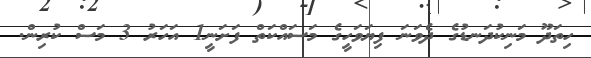
ހިތަދޫ މަނިކުދަނޑުގެ ދެވަނަ ފިޔަވަހީގެ މަސައްކަތް ފަށަނީ1 އަހަރު 3 މަސް ކުރިން.